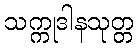
သက္ကုဒါနသုတ္တ